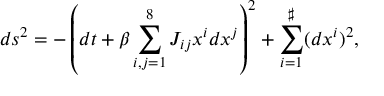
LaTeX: d s ^ { 2 } = - \left( d t + \beta \sum _ { i , j = 1 } ^ { 8 } J _ { i j } x ^ { i } d x ^ { j } \right) ^ { 2 } + \sum _ { i = 1 } ^ { \sharp } ( d x ^ { i } ) ^ { 2 } ,